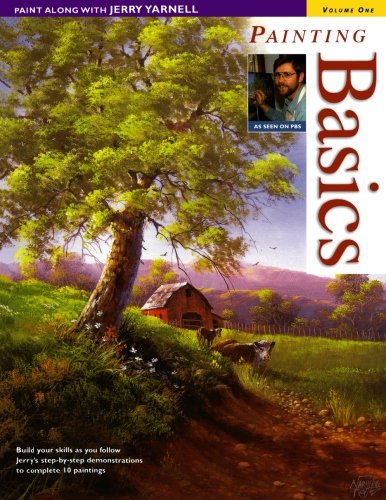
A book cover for Paint Along with Jerry Yarnell Volume One - Painting Basics; Jerry Yarnell; Arts & Photography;